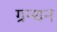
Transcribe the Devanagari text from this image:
ग्रन्थन